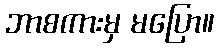
ဘာစကားမှ မပြော။